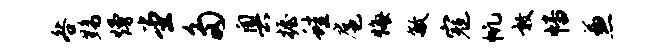
咎黝熳堂多奥握蛙扈悔敏寇帆敦幡兼